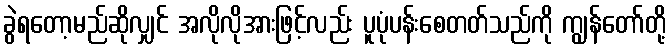
ခွဲရတော့မည်ဆိုလျှင် အလိုလိုအားဖြင့်လည်း ပူပုံပန်းစေတတ်သည်ကို ကျွန်တော်တို့